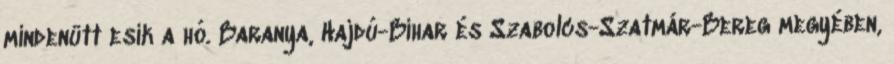
mindenütt esik a hó. Baranya, Hajdú-Bihar és Szabolcs-Szatmár-Bereg megyében,